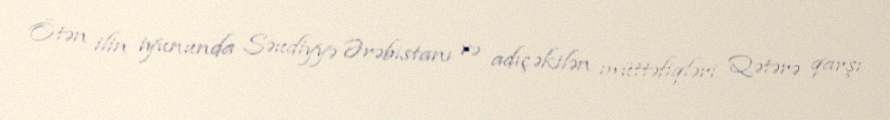
Ötən ilin iyununda Səudiyyə Ərəbistanı və adıçəkilən müttəfiqləri Qətərə qarşı